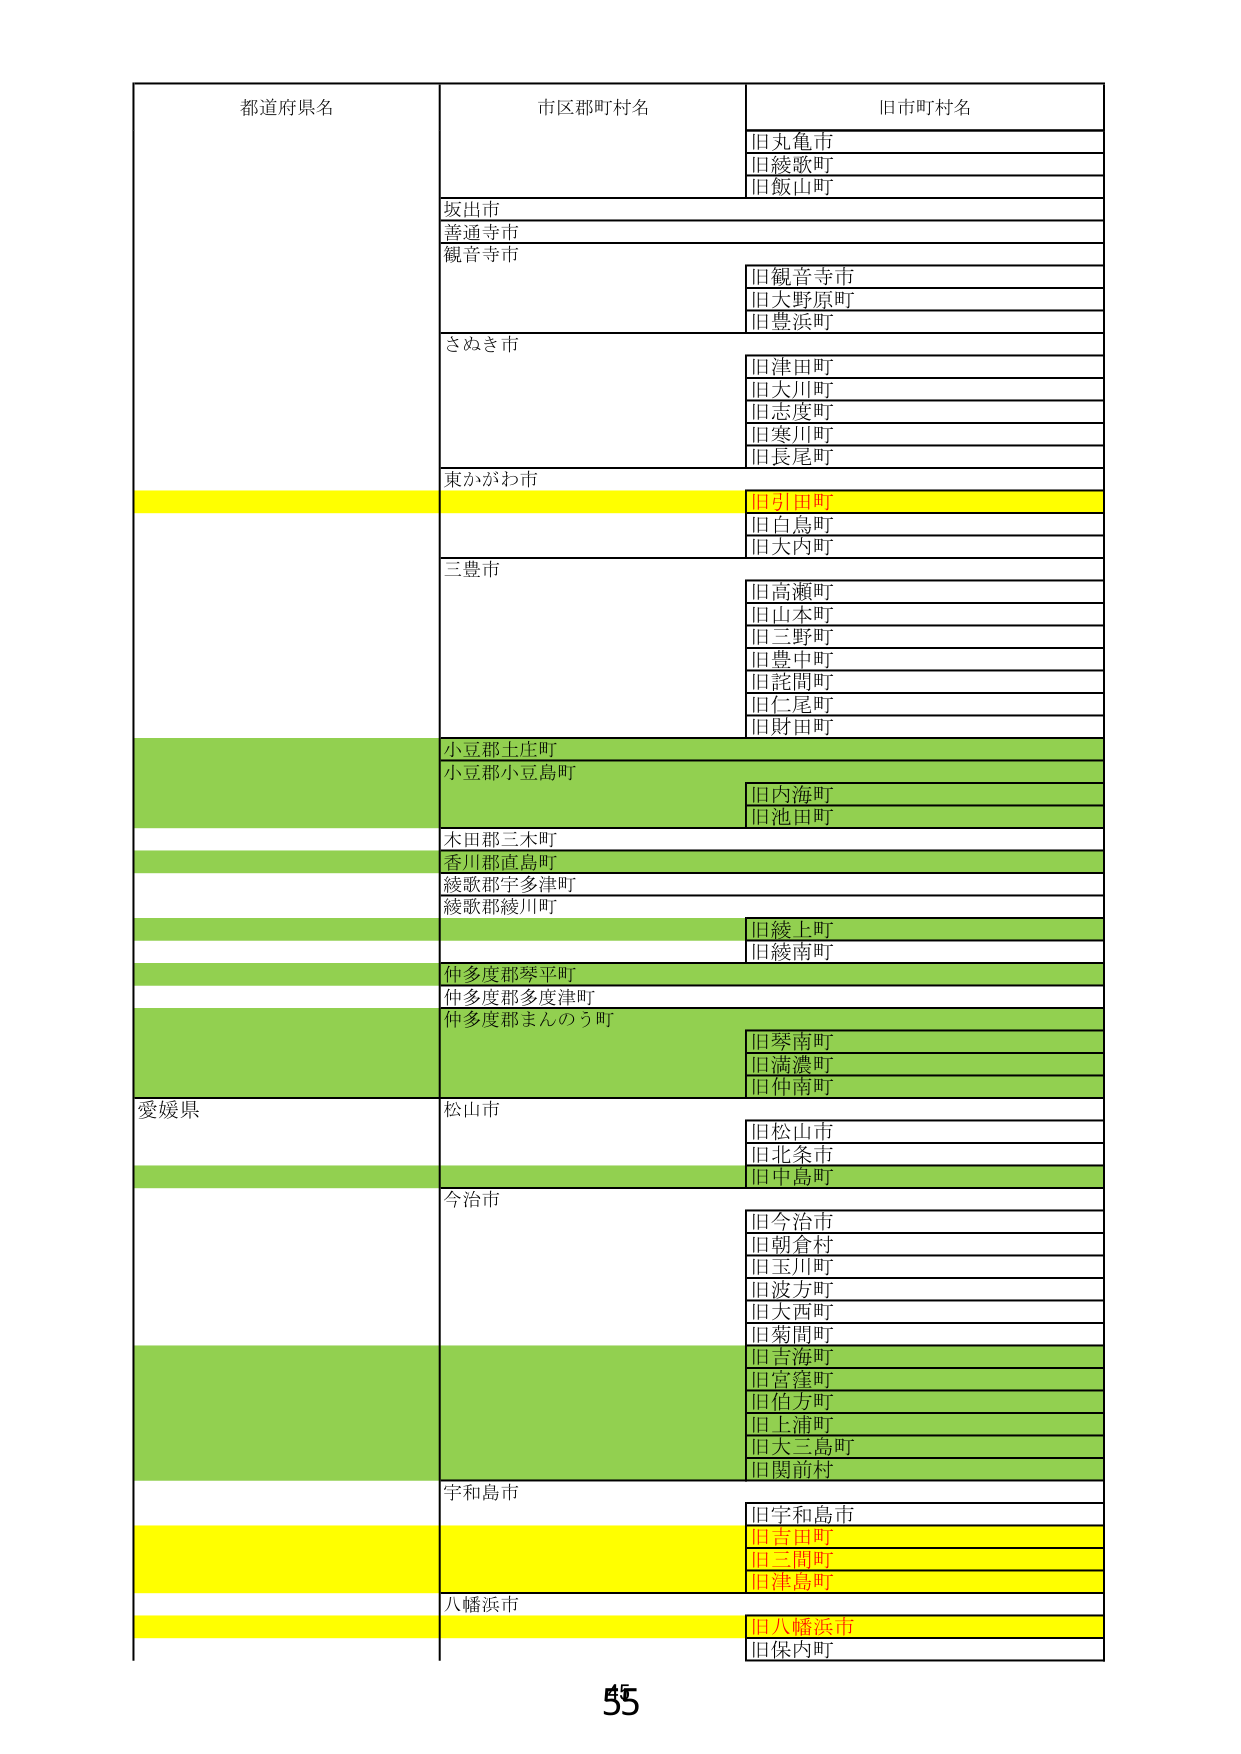
都道府県名
市区郡町村名
旧市町村名
旧丸亀市
旧綾歌町
旧飯山町
坂出市
善通寺市
観音寺市
旧観音寺市
旧大野原町
旧豊浜町
さぬき市
旧津田町
旧大川町
旧志度町
旧寒川町
旧長尾町
東かがわ市
旧引田町
旧白鳥町
旧大内町
三豊市
旧高瀬町
旧山本町
旧三野町
旧豊中町
旧詫間町
旧仁尾町
旧財田町
小豆郡土庄町
小豆郡小豆島町
旧内海町
旧池田町
木田郡三木町
香川郡直島町
綾歌郡宇多津町
綾歌郡綾川町
旧綾上町
旧綾南町
仲多度郡琴平町
仲多度郡多度津町
仲多度郡まんのう町
旧琴南町
旧満濃町
旧仲南町
愛媛県
松山市
旧松山市
旧北条市
旧中島町
今治市
旧今治市
旧朝倉村
旧玉川町
旧波方町
旧大西町
旧菊間町
旧吉海町
旧宮窪町
旧伯方町
旧上浦町
旧大三島町
旧関前村
宇和島市
旧宇和島市
旧吉田町
旧三間町
旧津島町
八幡浜市
旧八幡浜市
旧保内町
55